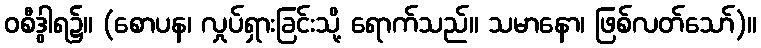
ဝစီဒွါရ၌။ (စောပန၊ လှုပ်ရှားခြင်းသို့ ရောက်သည်။ သမာနော၊ ဖြစ်လတ်သော်)။